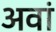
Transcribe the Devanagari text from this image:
अवां